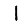
Digit: 1